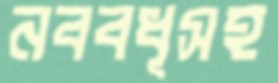
নববধূসহ